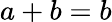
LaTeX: a+b=b